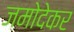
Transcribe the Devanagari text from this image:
जमोदेकर